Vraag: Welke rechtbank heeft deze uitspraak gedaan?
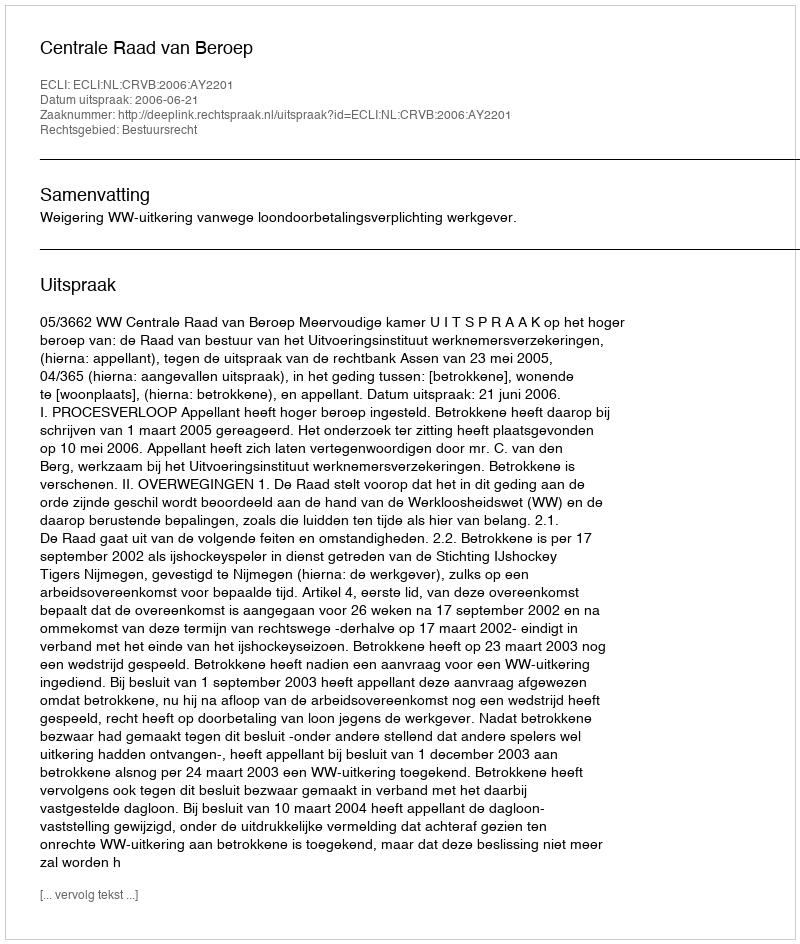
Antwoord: Centrale Raad van Beroep